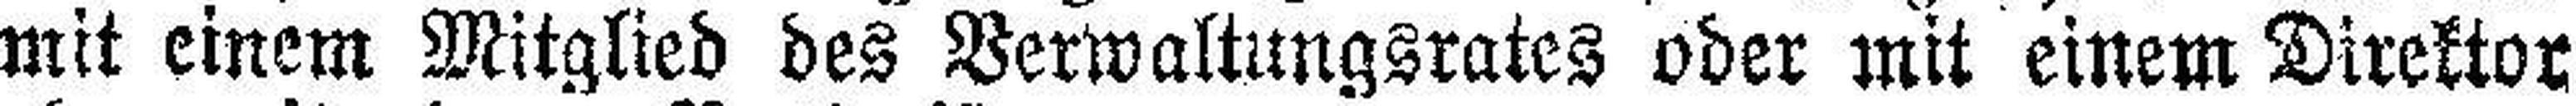
mit einem Mitglied des Verwaltungsrates oder mit einem Direktor